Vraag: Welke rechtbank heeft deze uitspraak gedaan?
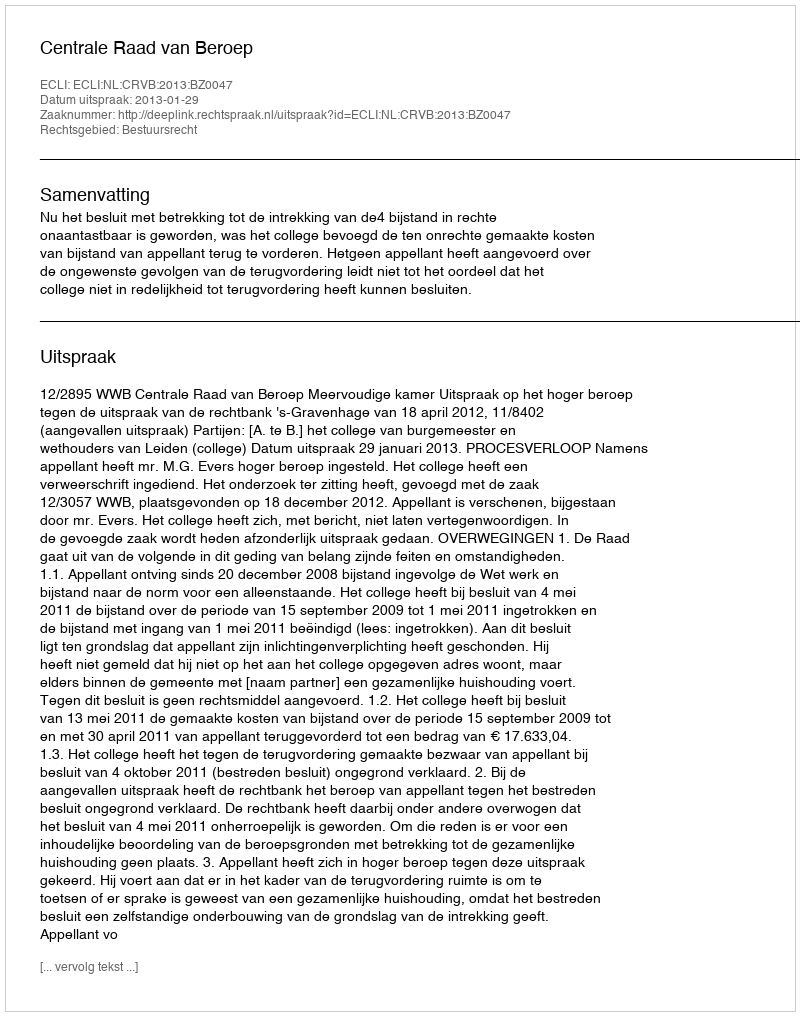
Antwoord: Centrale Raad van Beroep